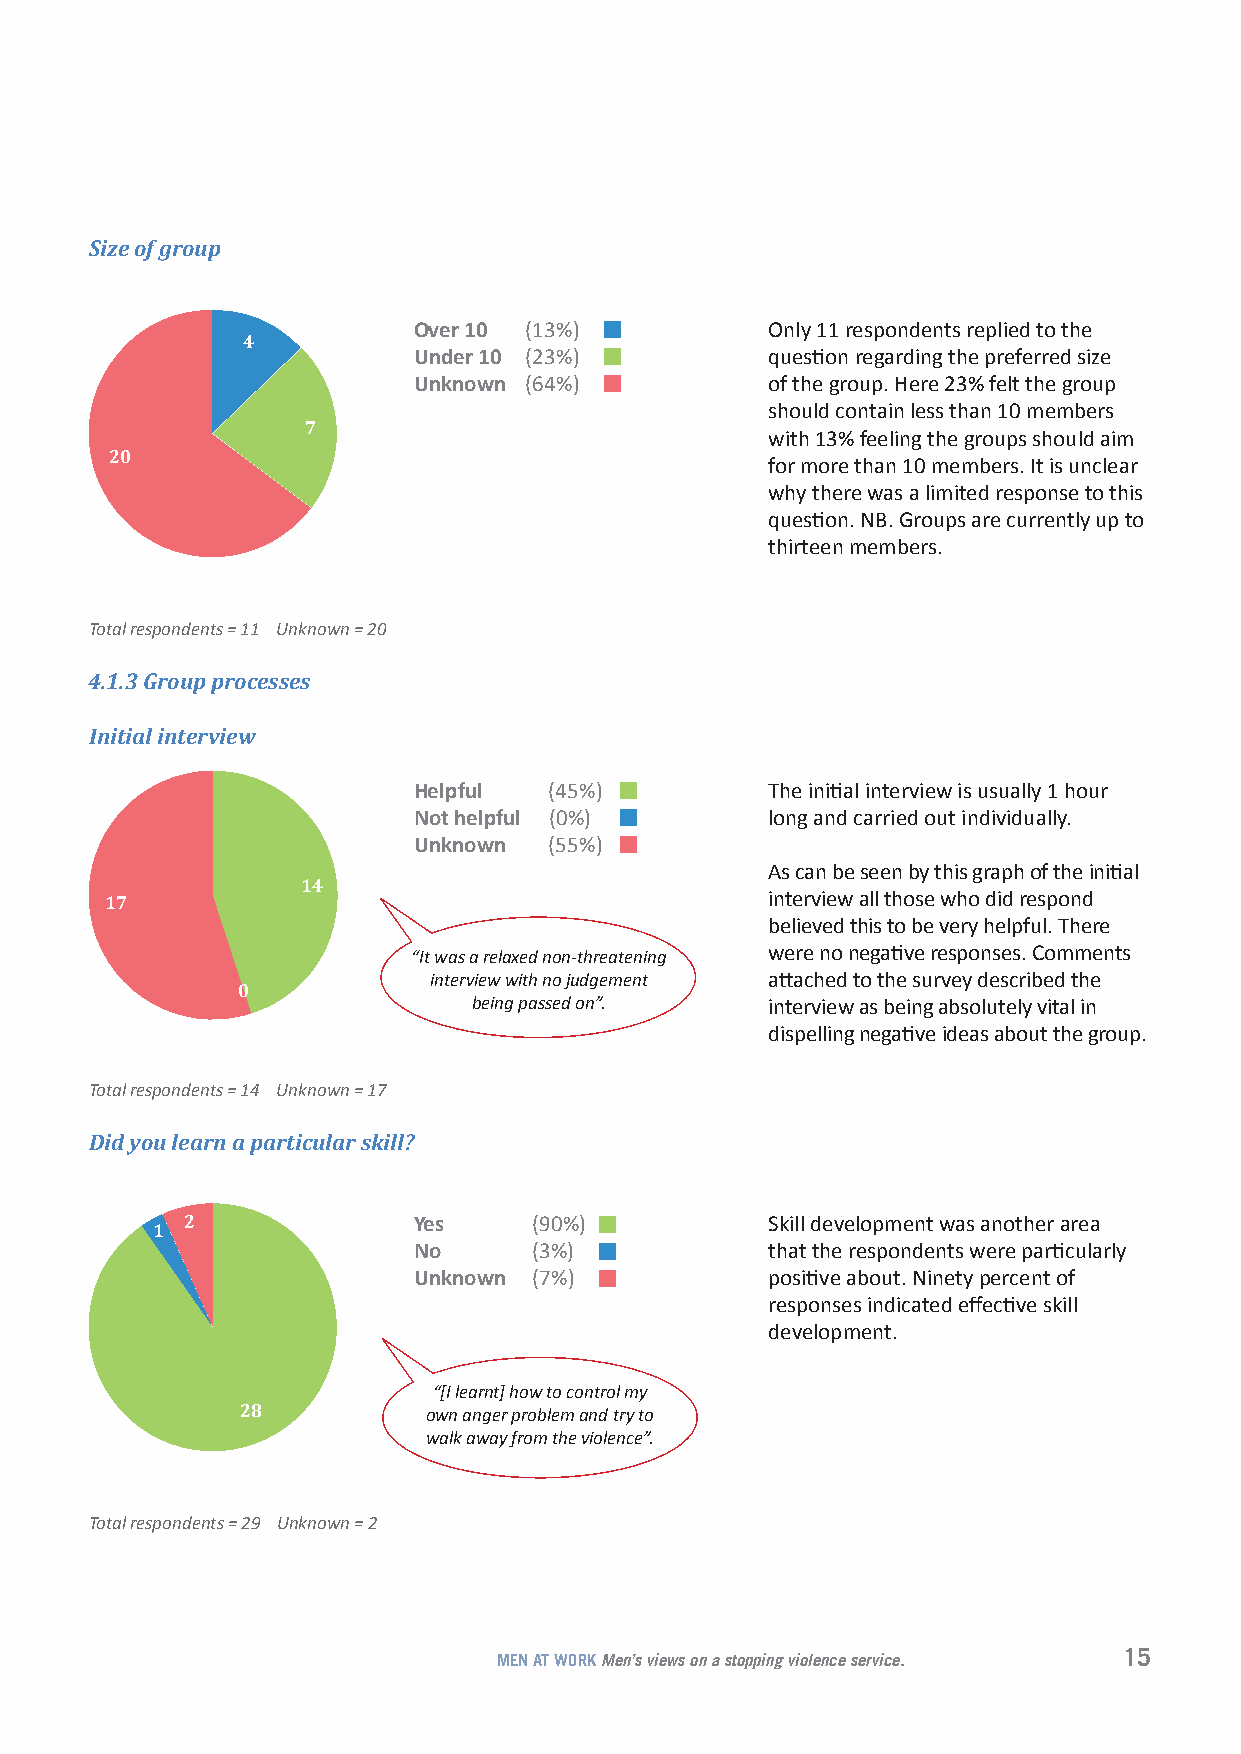
Size of group
 Over 10 (13%)           Only 11 respondents replied to the
 4
 Under 10 (23%)          question regarding the preferred size
 Unknown (64%)           of the group. Here 23% felt the group
 should contain less than 10 members
 7
 with 13% feeling the groups should aim
 20
 for more than 10 members. It is unclear
 why there was a limited response to this
 question. NB. Groups are currently up to
 thirteen members.
 Total respondents = 11 Unknown = 20
 4.1.3 Group processes
 Initial interview
 Helpful  (45%)          The initial interview is usually 1 hour
 Not helpful (0%)        long and carried out individually.
 Unknown  (55%)
 As can be seen by this graph of the initial
 14
 17                                          interview all those who did respond
 believed this to be very helpful. There
 “It was a relaxed non-threatening were no negative responses. Comments
 interview with no judgement attached to the survey described the
 0
 being passed on”.   interview as being absolutely vital in
 dispelling negative ideas about the group.
 Total respondents = 14 Unknown = 17
 Did you learn a particular skill?
 2              Yes     (90%)           Skill development was another area
 1
 No      (3%)            that the respondents were particularly
 Unknown (7%)            positive about. Ninety percent of
 responses indicated effective skill
 development.
 “[I learnt] how to control my
 28          own anger problem and try to
 walk away from the violence”.
 Total respondents = 29 Unknown = 2
 15
 MEN AT WORK Men’s views on a stopping violence service.